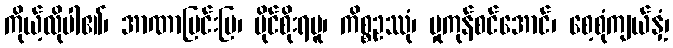
ကိုယ့်လိုပါ၏၊ အာဏာပြင်းပြ၊ ပိုင်စိုးရမူ၊ ကိစ္စဥဿုံ၊ မှုကုန်စင်အောင်၊ စေ့စုံကျယ်နှံ့၊